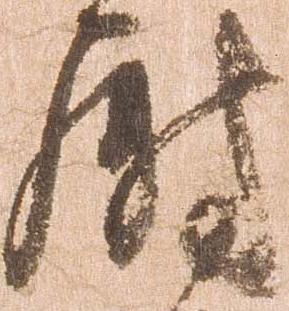
尉